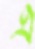
এ